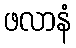
ဖလာနံ